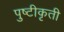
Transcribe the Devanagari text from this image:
पुष्टीकृती